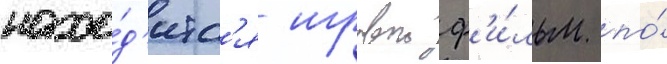
нахо́д'итс'я игровои ф'и́льм по́